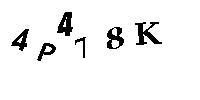
4P478K